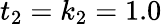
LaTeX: t_{2}=k_{2}=1.0